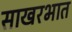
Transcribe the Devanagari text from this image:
साखरभात